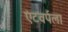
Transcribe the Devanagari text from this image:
एंटवर्पला